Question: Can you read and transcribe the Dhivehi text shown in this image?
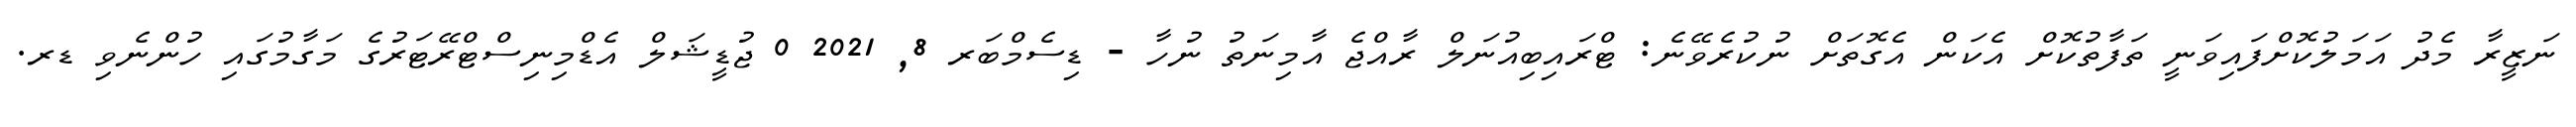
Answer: ނަޒީރާ މެދު އަމަލުކޮށްފައިވަނީ ތަފާތުކޮށް އެކަން އެގޮތަށް ނުކުރެވޭނެ: ޓްރައިބިއުނަލް ރާއްޖެ އާމިނަތު ނުހާ - ޑިސެމްބަރ 8, 2021 0 ޖުޑީޝަލް އެޑްމިނިސްޓްރޭޓަރުގެ މަގާމުގައި ހުންނެވި ޑރ.